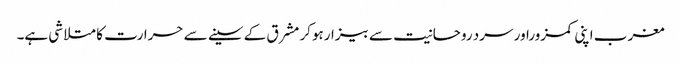
مغرب اپنی کمزوراور سرد روحانیت سے بیزارہوکر مشرق کے سینے سے حرارت کا متلاشی ہے۔